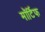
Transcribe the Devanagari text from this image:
मॉर्टिफ